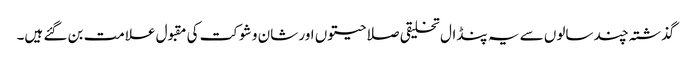
گذشتہ چند سالوں سے یہ پنڈال تخلیقی صلاحیتوں اور شان و شوکت کی مقبول علامت بن گئے ہیں۔